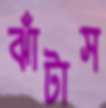
ঝাঁটাস